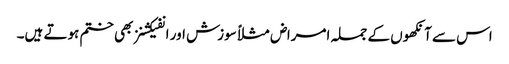
اس سے آنکھوں کے جملہ امراض مثلاً سوزش اور انفیکشنز بھی ختم ہوتے ہیں۔